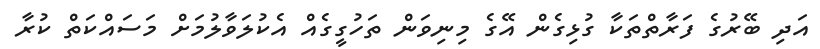
އަދި ބޭރުގެ ފަރާތްތަކާ ގުޅިގެން އޭގެ މިނިވަން ތަހުގީގެއް އެކުލަވާލުމަށް މަސައްކަތް ކުރާ